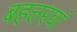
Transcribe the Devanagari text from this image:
बहत्तरवां